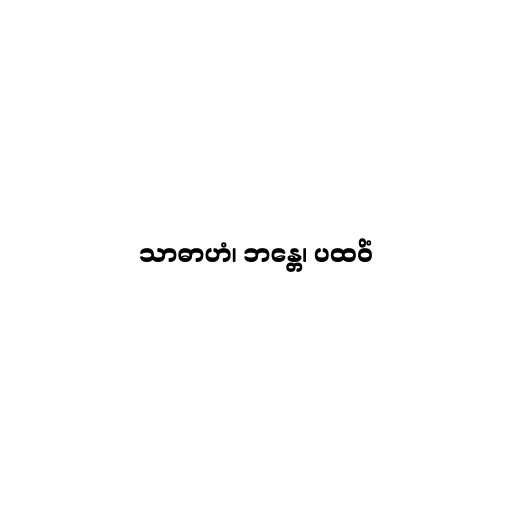
သာဓာဟံ၊ ဘန္တေ၊ ပထဝိံ